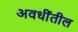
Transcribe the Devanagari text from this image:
अवधींतील